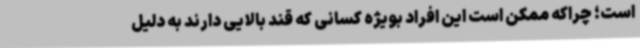
است؛ چراکه ممکن است این افراد بویژه کسانی که قند بالایی دارند به دلیل